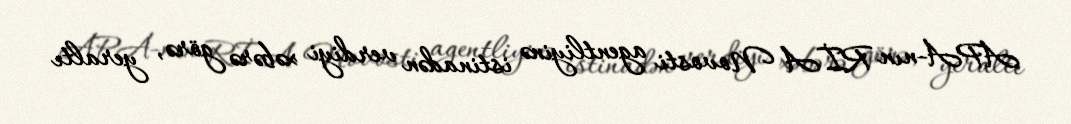
APA-nın RİA Novosti agentliyinə istinadən verdiyi xəbərə görə, yeraltı